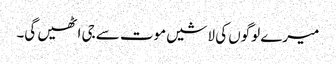
میرے لوگوں کی لاشیں موت سے جی اٹھیں گی۔